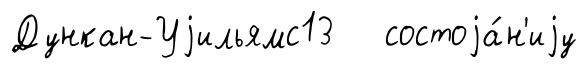
Дункан-Уjильямс13 состоjа́н'иjу